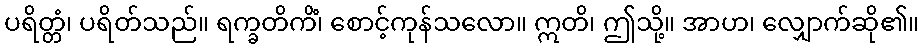
ပရိတ္တံ၊ ပရိတ်သည်။ ရက္ခတိကိံ၊ စောင့်ကုန်သလော။ ဣတိ၊ ဤသို့။ အာဟ၊ လျှောက်ဆို၏။